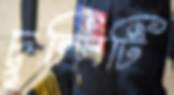
চুল্লিটি